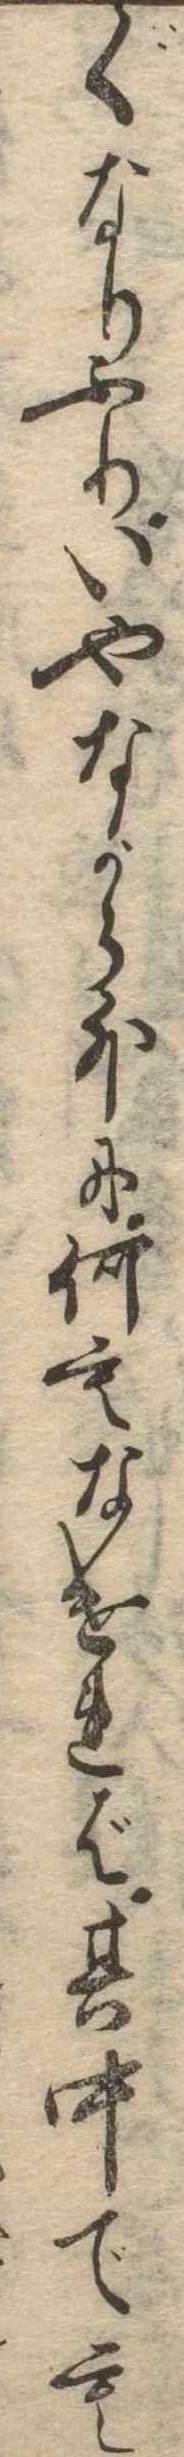
くなりふりいやながら外に何もなければ其中でも